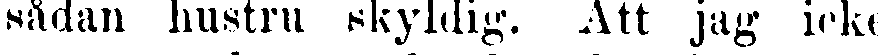
sådan hustru skyldig. Att jag icke